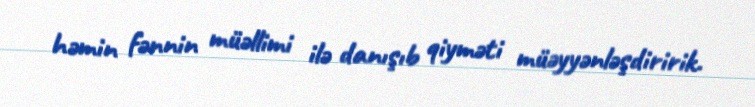
həmin fənnin müəllimi ilə danışıb qiyməti müəyyənləşdiririk.